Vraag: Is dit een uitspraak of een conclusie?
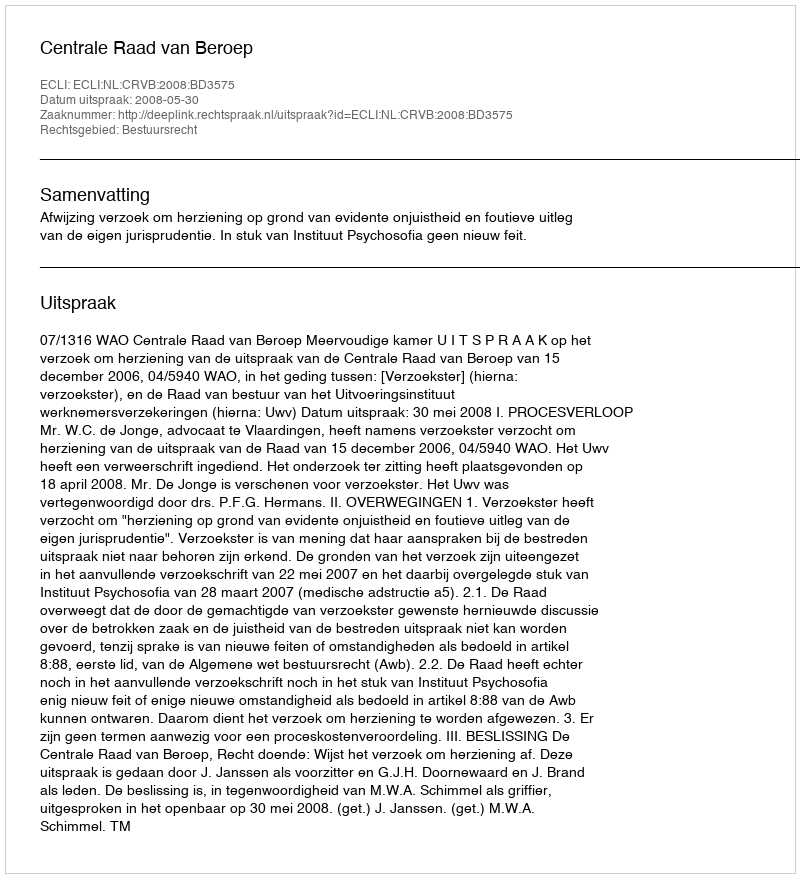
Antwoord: Uitspraak